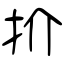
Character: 扴